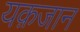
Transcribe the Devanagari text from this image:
यक़जान